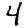
Digit: 4